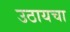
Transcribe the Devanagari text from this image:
उठायचा